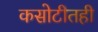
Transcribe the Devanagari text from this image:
कसोटीतही